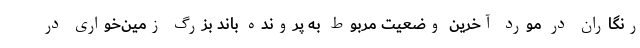
رنگاران در مورد آخرین وضعیت مربوط به پرونده باند بزرگ زمین‌خواری در